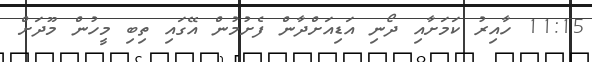
11:15 ހާއިރު ކަމަށާއި ދޯނި އަޑިއަށްދާން ފެށުމުން އޭގައި ތިބި މީހުން މޫދަށް